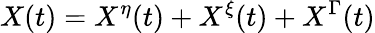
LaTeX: X(t)=X^{\eta}(t)+X^{\xi}(t)+X^{\Gamma}(t)